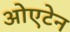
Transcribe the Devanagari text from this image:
ओएटेन